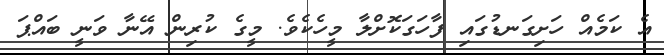
އެ ކަމެއް ހަށިގަނޑުގައި ފާހަގަކޮށްލާ މީހެކެވެ. މީގެ ކުރިން އޭނާ ވަނީ ބައްޕަ